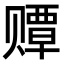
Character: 𫎫